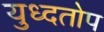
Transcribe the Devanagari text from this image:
युध्दतोप